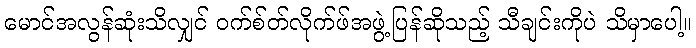
မောင်အလွန်ဆုံးသိလျှင် ဝက်စ်တ်လိုက်ဖ်အဖွဲ့ပြန်ဆိုသည့် သီချင်းကိုပဲ သိမှာပေါ့။